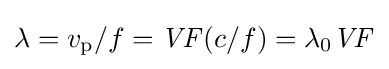
\lambda =v_{\text{p}}/f={\mathit {VF}}(c/f)=\lambda _{\text{0}}{\mathit {VF}}